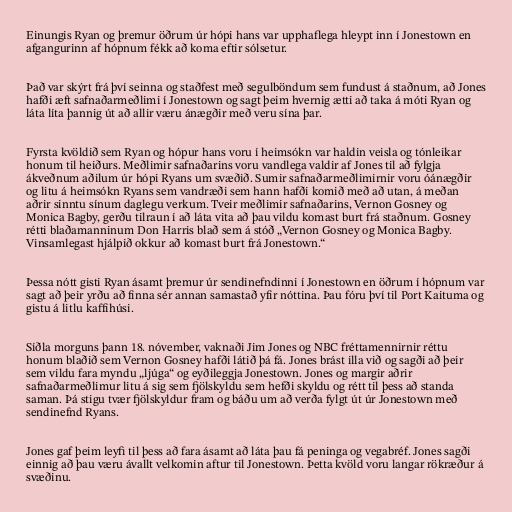
Einungis Ryan og þremur öðrum úr hópi hans var upphaflega hleypt inn í Jonestown en
afgangurinn af hópnum fékk að koma eftir sólsetur.

Það var skýrt frá því seinna og staðfest með segulböndum sem fundust á staðnum, að Jones
hafði æft safnaðarmeðlimi í Jonestown og sagt þeim hvernig ætti að taka á móti Ryan og
láta líta þannig út að allir væru ánægðir með veru sína þar.

Fyrsta kvöldið sem Ryan og hópur hans voru í heimsókn var haldin veisla og tónleikar
honum til heiðurs. Meðlimir safnaðarins voru vandlega valdir af Jones til að fylgja
ákveðnum aðilum úr hópi Ryans um svæðið. Sumir safnaðarmeðlimirnir voru óánægðir
og litu á heimsókn Ryans sem vandræði sem hann hafði komið með að utan, á meðan
aðrir sinntu sínum daglegu verkum. Tveir meðlimir safnaðarins, Vernon Gosney og
Monica Bagby, gerðu tilraun í að láta vita að þau vildu komast burt frá staðnum. Gosney
rétti blaðamanninum Don Harris blað sem á stóð „Vernon Gosney og Monica Bagby.
Vinsamlegast hjálpið okkur að komast burt frá Jonestown.“

Þessa nótt gisti Ryan ásamt þremur úr sendinefndinni í Jonestown en öðrum í hópnum var
sagt að þeir yrðu að finna sér annan samastað yfir nóttina. Þau fóru því til Port Kaituma og
gistu á litlu kaffihúsi.

Síðla morguns þann 18. nóvember, vaknaði Jim Jones og NBC fréttamennirnir réttu
honum blaðið sem Vernon Gosney hafði látið þá fá. Jones brást illa við og sagði að þeir
sem vildu fara myndu „ljúga“ og eyðileggja Jonestown. Jones og margir aðrir
safnaðarmeðlimur litu á sig sem fjölskyldu sem hefði skyldu og rétt til þess að standa
saman. Þá stigu tvær fjölskyldur fram og báðu um að verða fylgt út úr Jonestown með
sendinefnd Ryans.

Jones gaf þeim leyfi til þess að fara ásamt að láta þau fá peninga og vegabréf. Jones sagði
einnig að þau væru ávallt velkomin aftur til Jonestown. Þetta kvöld voru langar rökræður á
svæðinu.